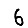
Digit: 6